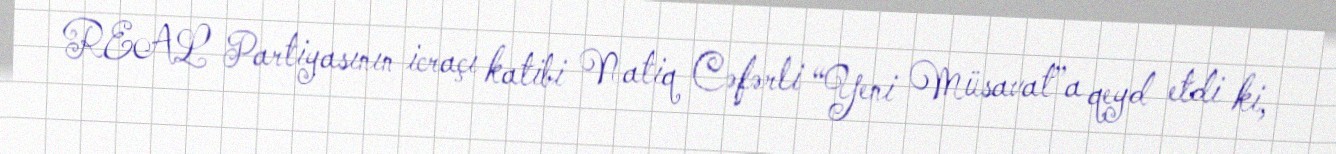
REAL Partiyasının icraçı katibi Natiq Cəfərli “Yeni Müsavat”a qeyd etdi ki,